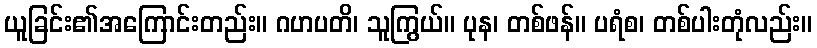
ယူခြင်း၏အကြောင်းတည်း။ ဂဟပတိ၊ သူကြွယ်။ ပုန၊ တစ်ဖန်။ ပရံစ၊ တစ်ပါးတုံလည်း။